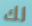
لك